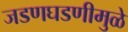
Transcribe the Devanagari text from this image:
जडणघडणीमुळे